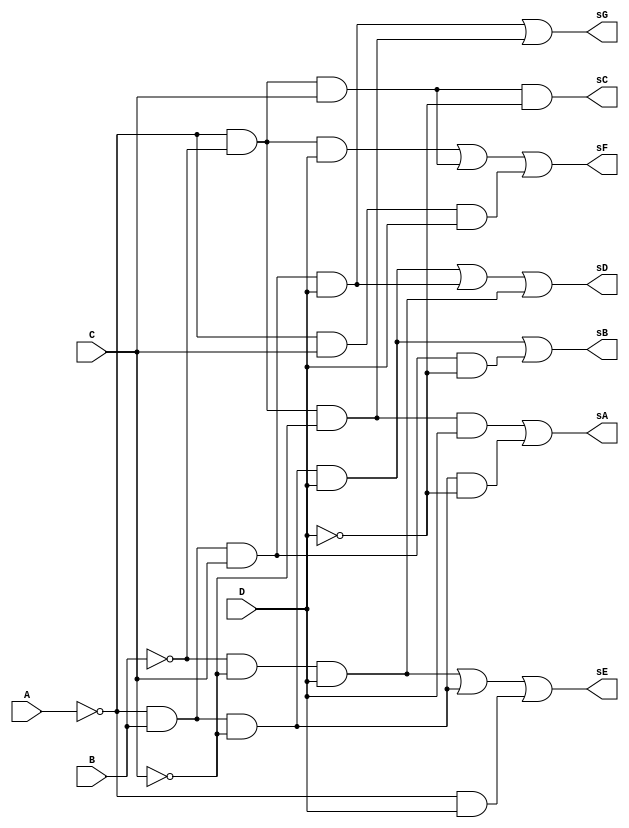
module decod_numeros_7seg_0a9 (
  input A, B, C, D,
  output reg sA, sB, sC, sD, sE, sF, sG
);

  always @*
    begin
      // S0 ~A~B~CD + ~AB~C~D
      sA = ~A & ~B & ~C & D | ~A & B & ~C & ~D;

      // S1 ~AB~CD + ~ABC~D
      sB = ~A & B & ~C & D | ~A & B & C & ~D;

      // S2 ~A~BC~D
      sC = ~A & ~B & C & ~D;

      // S3 ~AB~C~D + ~ABCD + ~B~CD
      sD = ~A & B & ~C & D | ~A & B & C & D | ~B & ~C & D;

      // S4 ~B~CD + ~AB~C + ~AD
      sE = ~B & ~C & D | ~A & B & ~C | ~A & D;

      // S5 ~A~BD + ~A~BC + ~ACD
      sF = ~A & ~B & D | ~A & ~B & C | ~A & C & D;

      // S6 ~ABCD + ~A~B~C
      sG = ~A & B & C & D | ~A & ~B & ~C;
    end
	

endmodule